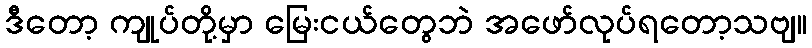
ဒီတော့ ကျုပ်တို့မှာ မြေးငယ်တွေဘဲ အဖော်လုပ်ရတော့သဗျ။